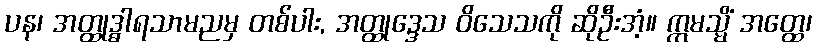
ပန၊ အတ္ထုဒ္ဓါရသာမညမှ တစ်ပါး, အတ္ထုဒ္ဒေသ ဝိသေသကို ဆိုဦးအံ့။ ဣမသ္မိံ အတ္ထေ၊